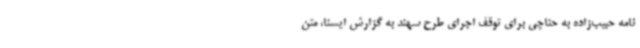
نامه حبیب‌زاده به حناچی برای توقف اجرای طرح سهند به گزارش ایسنا، متن